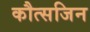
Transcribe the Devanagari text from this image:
कौत्सजिन